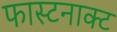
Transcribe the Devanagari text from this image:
फास्टनाक्ट